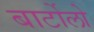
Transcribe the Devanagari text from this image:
बार्टोलो